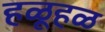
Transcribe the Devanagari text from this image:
हळूहळ